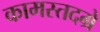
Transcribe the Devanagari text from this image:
कामस्तदग्रे